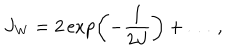
LaTeX: J _ { \mathrm { W } } = 2 \exp \left( - { \frac { 1 } { 2 J } } \right) + \ldots ~ ,